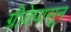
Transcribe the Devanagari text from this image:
ग्रीवेपासून